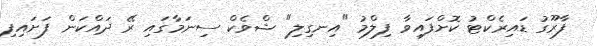
ފާރޫގު ޑައިރެކްޓު ކޮށްފައިވާ ފިލްމު "އިނގިލި" ޝްވެކް ސިނަމާގައި ރޭ ދައްކަން ފަށައިފި